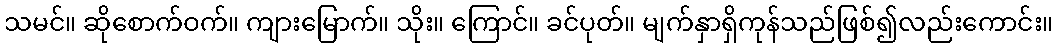
သမင်။ ဆိုစောက်ဝက်။ ကျားမြောက်။ သိုး။ ကြောင်။ ခင်ပုတ်။ မျက်နှာရှိကုန်သည်ဖြစ်၍လည်းကောင်း။